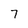
Character: 7